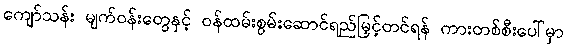
ကျော်သန်း မျက်ဝန်းတွေနှင့် ဝန်ထမ်းစွမ်းဆောင်ရည်မြှင့်တင်ရန် ကားတစ်စီးပေါ်မှာ